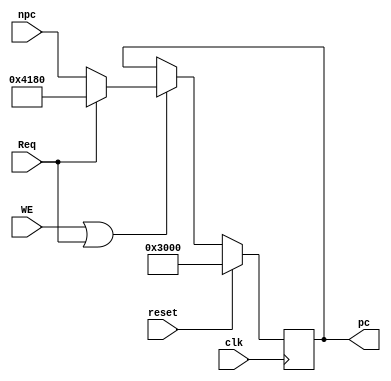
`timescale 1ns / 1ps
//////////////////////////////////////////////////////////////////////////////////
// Company: 
// Engineer: 
// 
// Design Name: 
// Module Name:    PC 
// Project Name: 
// Target Devices: 
// Tool versions: 
// Description: 
//
// Dependencies: 
//
// Revision: 
// Revision 0.01 - File Created
// Additional Comments: 
//
//////////////////////////////////////////////////////////////////////////////////
module PC(
    output reg [31:0] pc,
    input [31:0] npc,
    input clk,
    input reset,
	 input WE,
	 input Req
	 );
	 always@(posedge clk)begin
	     if(reset)begin
		      pc <= 32'h0000_3000;
		  end
		  else if(WE | Req)begin
		      pc <= Req?32'h0000_4180:npc;
		  end
	 end


endmodule